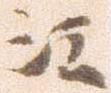
江